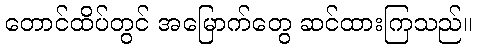
တောင်ထိပ်တွင် အမြောက်တွေ ဆင်ထားကြသည်။